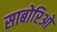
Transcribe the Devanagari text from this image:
साबोरिओ